Annual statistical returns and brief notes on vaccination in Bengal - 1909-1929
Year: 1909
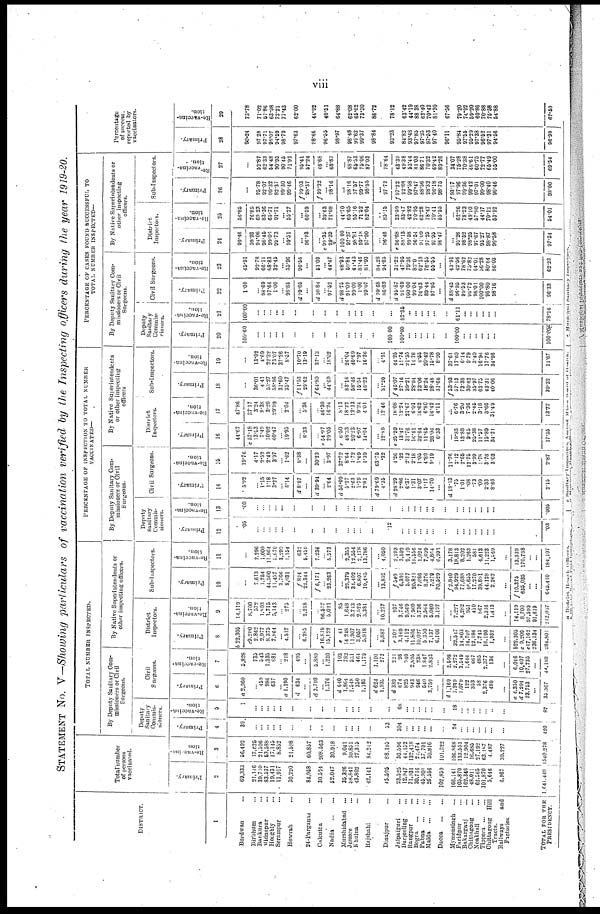
viii
STATEMENT NO. V—Showing particulars of vaccination verified by the Inspecting officers during the year 1919-20.
DISTRICT.
1
Burdwan ...
Birbhum ...
Bankura ...
Midnapur ...
Hooghly ...
Serampur ...
Howrah ...
24-Parganas ...
Calcutta ...
Nadia
...
...
Murshidabad ...
Jessore ...
Khulna ...
Rajshahi ...
Dinajpur ...
Jalpaiguri ...
Darjeeling ...
Rangpur ...
Bogra
...
...
Pabna
...
...
Malda
...
...
Dacca
...
...
Mymensingh ...
Faridpur ...
Bakarganj
...
Chittagong ...
Noakhali ...
Tippera
...
...
Chittagong
Hill
Tracts.
Railways
and
Factories.
TOTAL FOR THE
PRESIDENCY.
Total number
of persons
vaccinated.
Primary.
2
69,333
21,146
30,710
83,537
19,431
11,917
30,220
84,958
30,594
52,047
35,326
58,841
43,802
42,141
45,595
23,525
12,947
71,931
30,716
46,901
26,556
102,859
166,141
105,870
162,346
48,011
62,565
101,870
5,646
6,967
1,641,449
Re-vaccina-
tion
3
56,492
17,625
21,506
53,588
17,145
8,852
21,508
60,857
208,563
30,918
9,041
30,851
27,315
84,212
88,195
30,596
44,152
132,418
20,474
37,701
30,816
101,322
106,868
133,551
12,904
16,685
27,192
63,187
1,487
39,227
1540,278
TOTAL NUMBER INSPECTED.
By Deputy Sanitary Com-
missioners or Civil
Surgeons.
Deputy
Sanitary
Commis-
sioners.
Primary.
4
39
...
...
...
...
...
...
...
...
...
...
...
...
...
53
304
...
...
...
...
...
...
24
...
...
...
...
...
...
...
420
Re-vaccina-
tion.
5
1
...
...
...
... ...
...
...
...
...
...
...
...
...
...
68
...
...
...
...
...
...
18
...
...
...
...
...
...
...
87
Civil
Surgeons.
Primary.
6
a 2,960
... 459
986
637
... a 1,390
d 634
...
d 3,798
... 1,376
d 640
1,864
1,548
350
1,185
d 624
1,935
d 339
674
825
943
946
540
3,759
...
d 1,169
1,249
1,079
122
353
58
2,376
489
...
a 4,350
d 7,204
23,753
...
35,307
Re-vaccina-
tion.
7
5,828
735
543
1,335
681
... 218
495
...
5,889
... 1,230
103
782
531
464
1,179
1,101
272
221
98
940
2,895
238
1,847
2,833
...
2,598
2,272
3,549
1,646
667
485
2,377
136
...
6,046
10,407
27,735
...
44,188
By Native Superintendents or
other inspecting officers.
District
Inspectors.
Primary.
8
b 22,305
c9,200
2,862
2,977
8,375
7,864
... 4,517
...
6,285
...
e 16,819
15,122
e 41
14,248
11,907
3,057
5,918
...
5,687
e302
3,169
4,112
11,806
10,027
5,350
7,137
6,106
...
32,547
14,803
14,707
12,186
7,243
16,190
1,932
...
b 22,305
c 9,200
e17,162
236,134
284,801
Re-vaccina-
tion.
9
14,119
8,700
572
1,803
1,715
5,143
... 275
...
2,218
...
96,577
5,021
85
1,648
3,713
2,525
3,381
...
10,277
937
3,746
9,569
7,960
3,736
2,564
5,060 3,197
...
7,227
4,282
951
410
867
2,316
1,413
...
14,119
8,700
97,599
91,619
212,037
Sub-Inspectors.
Primary.
10
...
7,613
1,754
44,500
11,457
3,766
8,031
f 824
22,344
f 6,171
... 23,263
...
29,379
34,402
6,807
19,485
...
13,852
f 540
6,391
5,077
20,821
7,086
8,376
7,279
30,529
f 2,840
94,929
77,688
46.655
17,270
39,891
44,128
2,262
...
f 10,375
635,035
...
...
645,410
Re-vaccina-
tion.
11
...
2,296
1,009
11,964
5,670
3,290
1,154
632
5,459
7,236
... 5,573
...
2,355
12,554
2,178
13,786
...
4,050
2,293
3,592
9,429
19,556
1,024
7,699
4,864
6,998
3,178
18,813
8,202
1,263
581
4,613
11,223
1,569
...
13,339
170,768
...
...
184,107
PERCENTAGE OF INSPECTION TO TOTAL NUMBER
VACCINATED—
By Deputy Sanitary Com-
missioners or Civil
Surgeons.
Deputy
Sanitary
Commis-
sioners.
Primary.
12
.05
...
...
...
...
...
...
...
...
...
...
...
...
...
.12
...
...
...
... ...
...
...
...
...
...
...
...
...
...
.03
Re-vaccina-
tion.
13
.00
...
...
...
...
...
...
...
...
...
...
...
...
...
...
...
...
...
...
...
...
...
...
...
...
...
...
...
...
.005
Civil Surgeons.
Primary.
14
5.92
... 1.15
1.18
3.27
... 6.14
d 8.87
...
d 39.94
... 2.64
d 56.09
5.27
2.63
1.79
2.81
d 79.69
4.35
d 28.29
2.86
6.37
1.31
3.07
1.17
14.70
...
d 18.13
.75
1.01
.08
.73
.09
2.33
8.66
2.15
Re-vaccina-
tion.
15
19.76
4.17
2.52
2.49
3.97
... 1.62
8.38
...
30.23
... 3.97
37.72
8.64
1.72
1.69
1.39
63.75
.32
4.26
.32
2.12
2.18
1.05
4.89
9.19
...
11.76
2.12
2.65
12.75
3.99
1.78
3.76
3.03
2.87
By Native Superintendents
or other inspecting
officers
District
Inspectors.
Primary.
16
44.67
c 57.18
13.53
7.49
10.02
40.47
... 19.95
...
8.33
...
54.97
29.05
e 6.50
48.33
20.23
6.97
14.04
...
12.89
e 25.20
13.47
31.76
16.41
32.64
11.65
28.06
6.33
...
19.83
13.88
9.65
25.38
11.57
15.89
34.21
17.35
Re-vaccina-
tion.
17
47.86
37.17
3.24
8.38
3.20
20.99
... 2.04
...
5.36
...
46.30
16.24
8.13
18.22
12.13
9.24
4.01
...
12.46
18.08
12.24
21.67
6.01
16.62
6.80
16.42
4.11
...
6.76
3.20
7.36
2.45
3.18
3.66
31.49
13.77
Sub-Inspectors.
Primary.
18
...
36.01
4.41
53.27
58.96
31.60
35.47
f 11.53
29.62
f 64.80
...
44.69
...
83.16
58.46
15.54
46.23
...
31.20
f 45.07
27.16
39.21
28.94
23.06
18.24
28.48
31.66
f 53.93
57.13
73.38
30.62
35.97
63.75
43.31
40.06
39.32
Re-vaccina-
tion.
19
...
13.02
4.69
22.32
33.07
37.26
8.57
10.70
13.19
37.13
... 18.02
...
26.04
40.69
7.97
16.36
...
4.91
44.25
11.74
21.35
14.76
4.55
20.42
15.78
8.99
37.61
17.60
6.14
9.79
3.40
16.96
17.76
34.96
11.67
PERCENTAGE OF CASES FOUND SUCCESSFUL TO
TOTAL NUMBER INSPECTED—
By Deputy Sanitary Com-
missioners or Civil
Surgeons.
Deputy
Sanitary
Commis-
sioners.
Primary.
20
100.60
...
...
... ...
...
...
...
...
...
...
... ...
...
100.00
100.00
...
...
...
...
...
...
100.00
...
... ...
...
...
...
100.00
Re-vaccina-
tion.
21
100.00
...
...
... ...
...
...
...
...
...
...
...
...
...
...
82.35
...
...
...
...
...
...
61.11
...
...
...
...
...
...
78.16
Civil Surgeons.
Primary.
22
1.00
... 98.69
97.66
1.00
... 98.85
d 99.05
...
d 98.84
... 97.52
d 98.75
91.09
99.09
1.00
99.07
d 99.68
86.82
d 95.87
91.69
100.00
99.04
76.63
89.44
97.95
...
d 88.45
96.95
99.53
96.72
98.01
100.00
96.80
98.16
96.33
Re-vaccina-
tion.
23
45.91
92.78
66.11
68.83
32.45
... 55.96
96.56
...
51.03
... 44.47
68.93
59.84
41.43
81.46
81.93
84.28
94.85
31.22
47.95
79.36
82.0
62.18
76.55
55.55
...
43.91
42.56
78.62
75.82
64.01
56.28
80.64
86.03
62.23
By Native Superintendents or
other inspecting
officers.
District.
Inspectors.
Primary.
24
99.46
99.93
94.06
98.45
99.06
99.73
... 99.51
...
96.93
...
99.35
99.39
e 100.00
97.37
98.81
99.18
97.90
...
96.46
96.68
88.13
99.58
96.54
91.09
97.25
97.95
96.47
...
95.26
98.62
98.25
97.67
95.27
98.87
99.58
97.34
Re-vaccina-
tion.
25
56.85
76.89
69.23
83.36
65.71
91.71
... 56.27
...
60.59
...
39.63
71.08
44.70
65.65
55.16
71.52
82.04
...
85.15
23.59
33.47
42.82
70.95
62.28
78.47
70.41
55.55
...
62.26
78.23
49.10
57.80
44.17
70.12
53.92
64.01
Sub-Inspectors.
Primary.
26
...
95.78
92.07
99.32
82.37
99.30
99.46
f 99.03
98.37
f 99.32
... 98.16
...
98.16
97.57
99.77
98.55
...
97.72
97.22
92.88
99.58
97.47
88.56
98.32
96.18
98.75
f 93.17
97.96
99.36
99.42
97.01
99.00
98.40
96.46
98.00
Re-vaccina-
tion.
27
...
52.87
62.33
54.48
90.95
90.45
71.92
95.41
57.24
46.68
... 68.87
...
68.87
65.53
75.06
87.03
...
78.64
43.39
49.38
53.44
81.03
86.71
70.32
69.42
89.26
34.07
75.28
70.38
48.61
60.75
72.77
65.49
55.00
69.54
Percentage
of success.
reported by
vaccinators.
Primary.
28
99.24
97.28
97.71
98.07
94.59
98.79
97.63
98.66
96.55
98.97
98.48
99.62
99.37
98.84
93.23
84.82
93.48
97.85
97.25
97.53
97.40
96.11
95.84
97.55
95.29
97.38
96.52
97.31
94.56
96.99
Re-vaccina-
tion.
29
73.78
71.02
57.86
63.98
72.21
77.43
62.00
44.92
40.51
64.88
62.08
66.62
73.30
86.72
78.12
63.42
44.19
88.38
62.40
70.42
81.30
67.56
79.20
74.92
69.20
60.86
70.88
75.58
54.88
67.50
a District Health Officers.
b District Board Paid Inspectors
c
Sanitary
Inspectors
Asansol
Mines
Board
of
Health
d Municipal Health Commissioner
e Municipal Sanitary Inspectors.